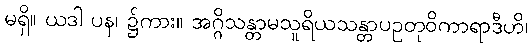
မရှိ။ ယဒါ ပန၊ ၌ကား။ အဂ္ဂိသန္တာမသူရိယသန္တာပဥတုဝိကာရာဒီဟိ၊